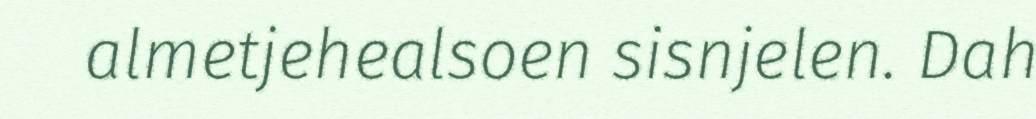
almetjehealsoen sisnjelen. Dah